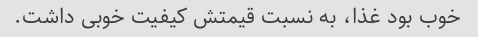
خوب بود غذا، به نسبت قیمتش کیفیت خوبی داشت.